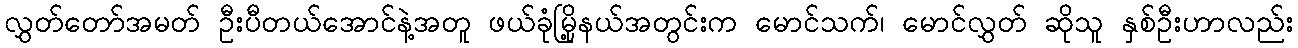
လွှတ်တော်အမတ် ဦးပီတယ်အောင်နဲ့အတူ ဖယ်ခုံမြို့နယ်အတွင်းက မောင်သက်၊ မောင်လွှတ် ဆိုသူ နှစ်ဦးဟာလည်း